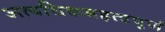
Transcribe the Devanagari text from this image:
अत्यधिकमहत्वपूर्ण